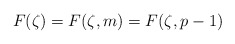
\begin{align*}F(\zeta) = F(\zeta, m) = F(\zeta, p-1)\end{align*}